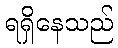
ရရှိနေသည်